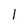
Character: 1